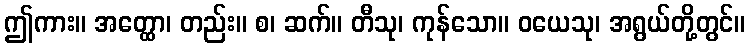
ဤကား။ အတ္ထော၊ တည်း။ စ၊ ဆက်။ တီသု၊ ကုန်သော။ ဝယေသု၊ အရွယ်တို့တွင်။